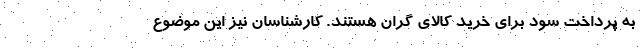
به پرداخت سود برای خرید کالای گران هستند. کارشناسان نیز این موضوع